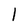
Character: 1